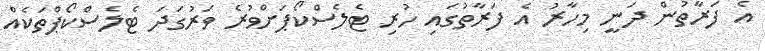
އެ ފަރާތުން ދަނީ މިހާރު އެ ފަރާތުގައި ހުރި ޓެލެސްކޯޕަށްވުރެ ވަރުގަދަ ޓެލެސްކޯޕްތަކެއް